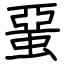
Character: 蝁